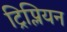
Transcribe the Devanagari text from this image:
ट्रिप्लियन